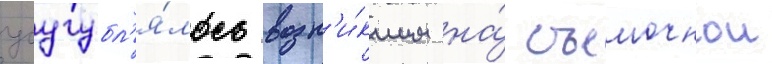
усугубл'я́лось возн'и́кшим на́ съемочнои